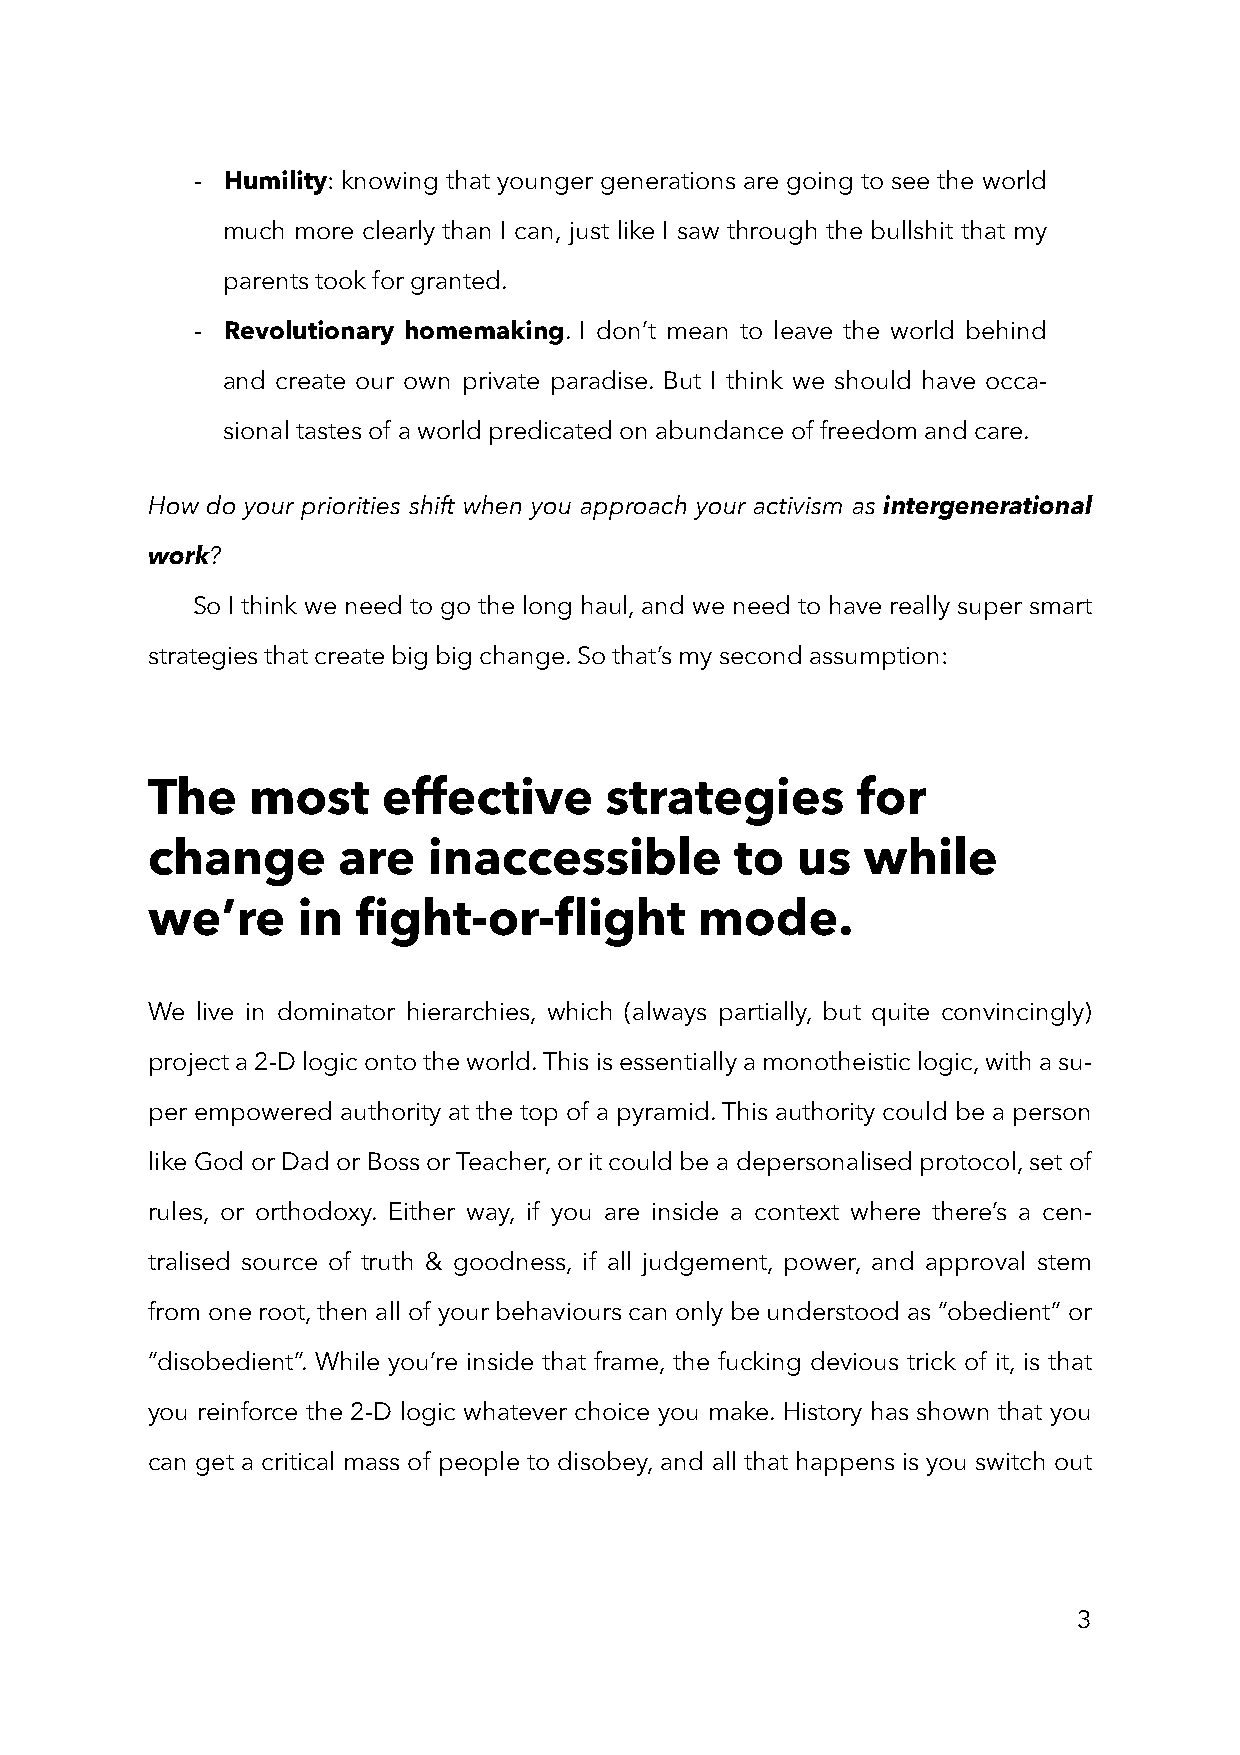
- Humility: knowing that younger generations are going to see the world
 much more clearly than I can, just like I saw through the bullshit that my
 parents took for granted.
 - Revolutionary homemaking. I don’t mean to leave the world behind
 and create our own private paradise. But I think we should have occa-
 sional tastes of a world predicated on abundance of freedom and care.
 How do your priorities shift when you approach your activism as intergenerational
 work?
 So I think we need to go the long haul, and we need to have really super smart
 strategies that create big big change. So that’s my second assumption:
 The   most     effective      strategies       for
 change      are   inaccessible         to  us  while
 we’re     in  fight-or-flight       mode.
 We live in dominator hierarchies, which (always partially, but quite convincingly)
 project a 2-D logic onto the world. This is essentially a monotheistic logic, with a su-
 per empowered authority at the top of a pyramid. This authority could be a person
 like God or Dad or Boss or Teacher, or it could be a depersonalised protocol, set of
 rules, or orthodoxy. Either way, if you are inside a context where there’s a cen-
 tralised source of truth & goodness, if all judgement, power, and approval stem
 from one root, then all of your behaviours can only be understood as “obedient” or
 “disobedient”. While you’re inside that frame, the fucking devious trick of it, is that
 you reinforce the 2-D logic whatever choice you make. History has shown that you
 can get a critical mass of people to disobey, and all that happens is you switch out
 3